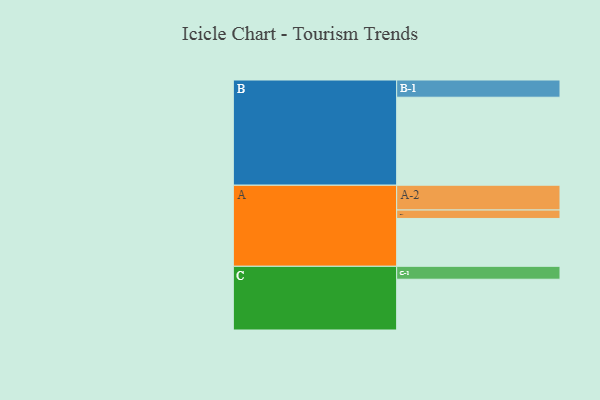
{"axis": {"x": "Segment", "y": "Value"}, "legend": ["", "A", "B", "C"], "data": [{"x": "A", "y": 311, "type": ""}, {"x": "B", "y": 572, "type": ""}, {"x": "C", "y": 330, "type": ""}, {"x": "A-1", "y": 55, "type": "A"}, {"x": "A-2", "y": 161, "type": "A"}, {"x": "B-1", "y": 112, "type": "B"}, {"x": "C-1", "y": 84, "type": "C"}]}